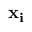
{ \bf x _ { i } }